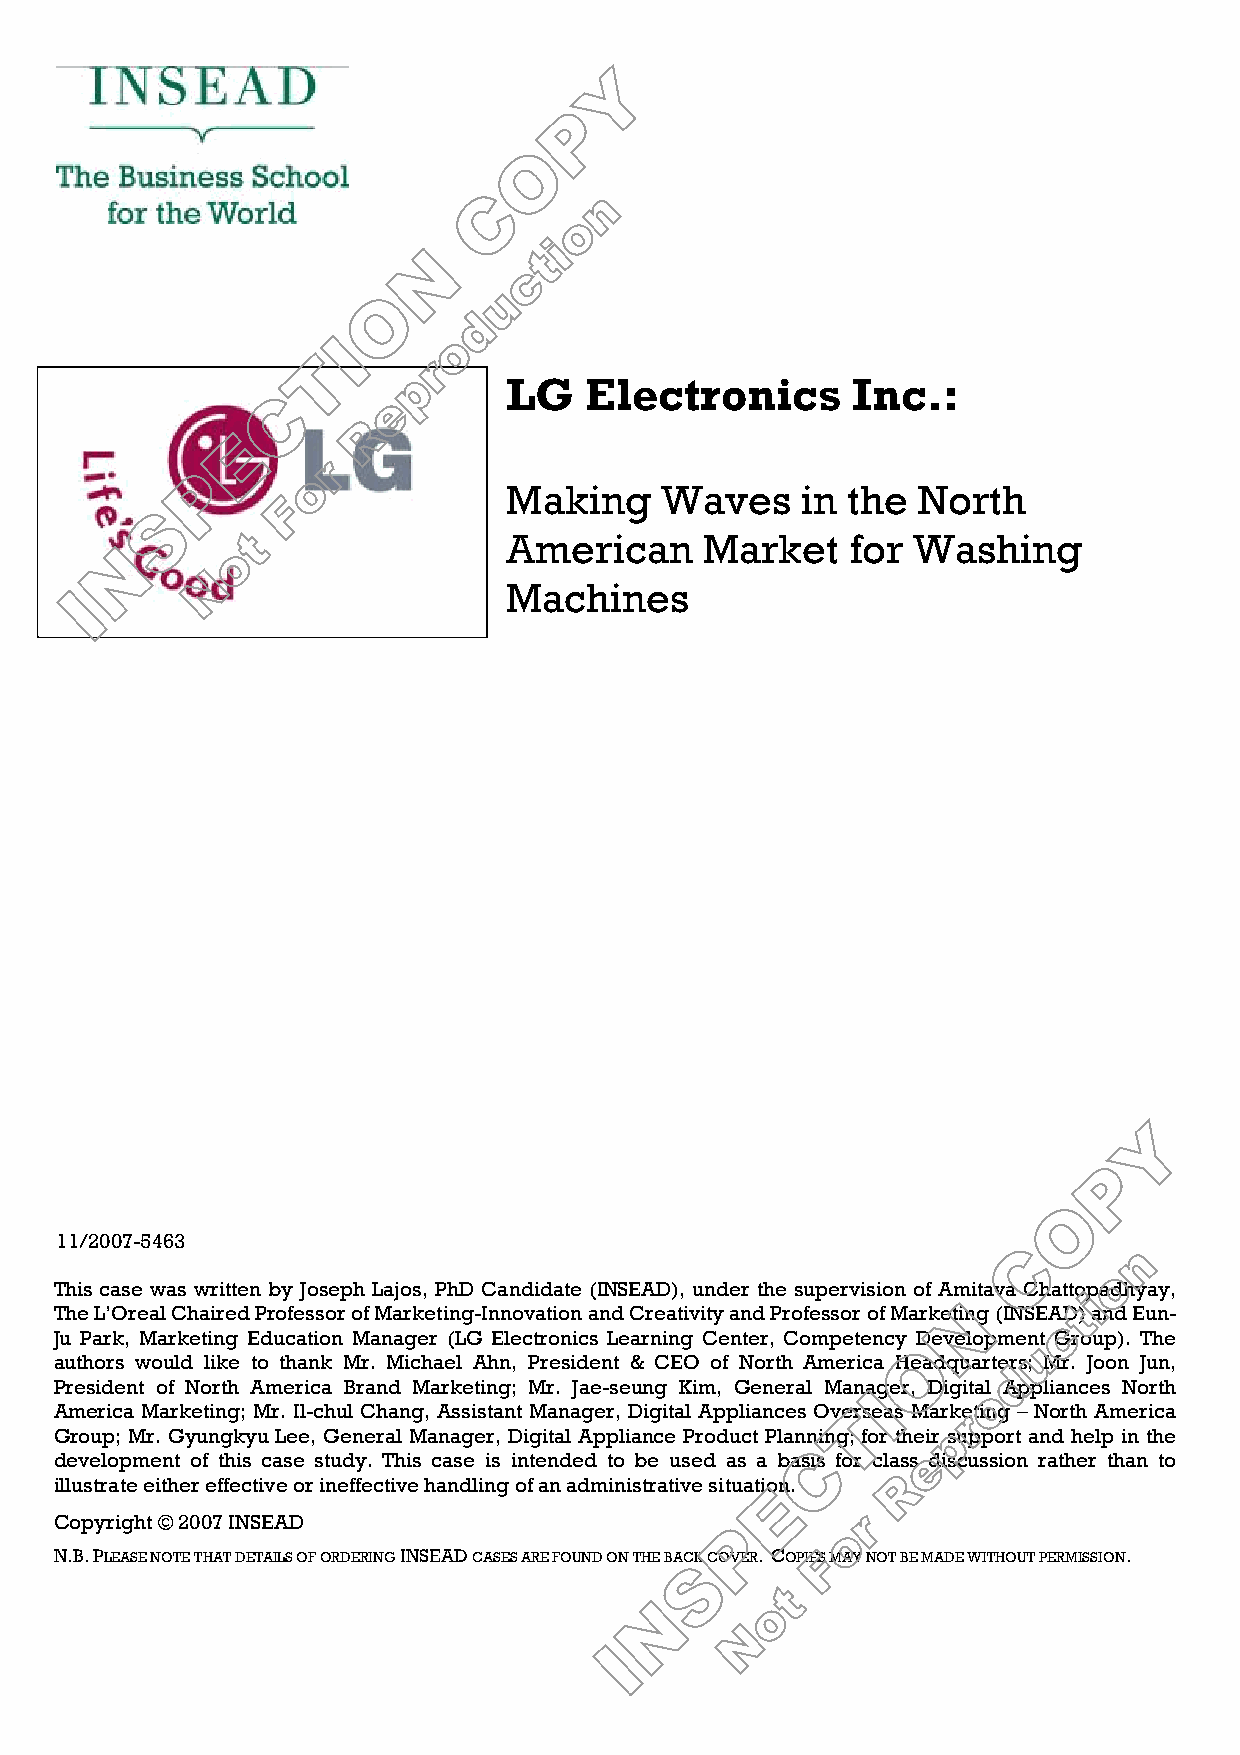
LG   Electronics      Inc.:
 Making    Waves    in the  North
 American     Market   for Washing
 Machines
 11/2007-5463
 This case was written by Joseph Lajos, PhD Candidate (INSEAD), under the supervision of Amitava Chattopadhyay,
 The L’Oreal Chaired Professor of Marketing-Innovation and Creativity and Professor of Marketing (INSEAD) and Eun-
 Ju Park, Marketing Education Manager (LG Electronics Learning Center, Competency Development Group). The
 authors would like to thank Mr. Michael Ahn, President & CEO of North America Headquarters; Mr. Joon Jun,
 President of North America Brand Marketing; Mr. Jae-seung Kim, General Manager, Digital Appliances North
 America Marketing; Mr. Il-chul Chang, Assistant Manager, Digital Appliances Overseas Marketing – North America
 Group; Mr. Gyungkyu Lee, General Manager, Digital Appliance Product Planning; for their support and help in the
 development of this case study. This case is intended to be used as a basis for class discussion rather than to
 illustrate either effective or ineffective handling of an administrative situation.
 Copyright © 2007 INSEAD
 N.B. PLEASE NOTE THAT DETAILS OF ORDERING INSEAD CASES ARE FOUND ON THE BACK COVER. COPIES MAY NOT BE MADE WITHOUT PERMISSION.